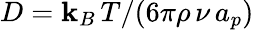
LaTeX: D=\mathbf{k}_{B}\, T/(6\pi\rho\, \nu\, a_{p})